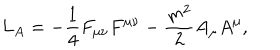
LaTeX: L _ { A } = \mathrm { } - \frac { 1 } { 4 } F _ { \mu \nu } F ^ { \mu \nu } - \frac { m ^ { 2 } } { 2 } A _ { \mu } A ^ { \mu } ,